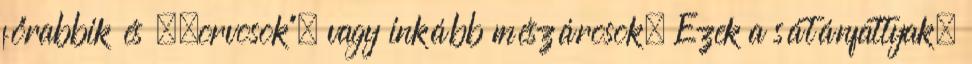
főrabbik és ,,orvosok", vagy inkább mészárosok. Ezek a sátánfattyak,